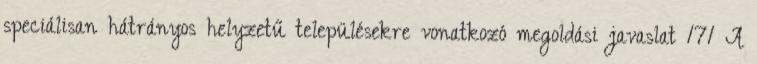
speciálisan hátrányos helyzetű településekre vonatkozó megoldási javaslat 171 A